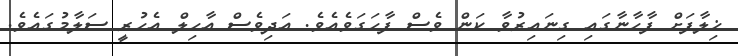
ޚިލާފަށް ފާހާނާގައި ގިނައިރުވާ ކަން ވެސް ފާހަގަވެއެވެ. އަދިވެސް އާހިލް އެހުރީ ސަލާމުގައެވެ.